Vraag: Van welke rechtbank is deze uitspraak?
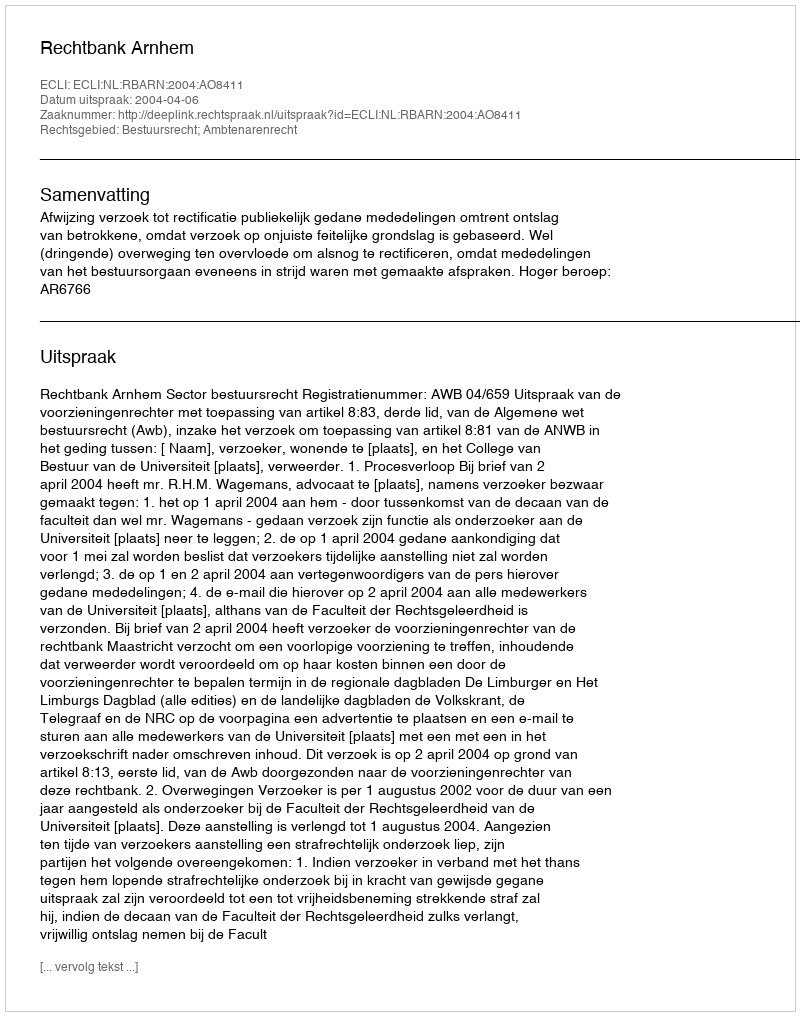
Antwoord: Rechtbank Arnhem